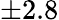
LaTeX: \pm 2.8